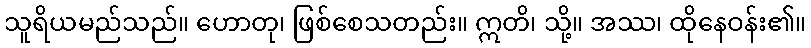
သူရိယမည်သည်။ ဟောတု၊ ဖြစ်စေသတည်း။ ဣတိ၊ သို့။ အဿ၊ ထိုနေဝန်း၏။